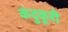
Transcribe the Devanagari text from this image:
कंदुकूरी